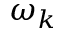
\omega _ { k }